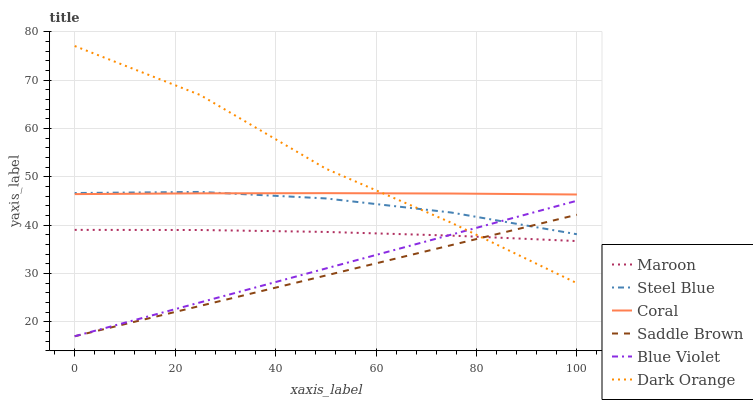
| xaxis_label | Maroon | Steel Blue | Coral | Saddle Brown | Blue Violet | Dark Orange |
 | --- | --- | --- | --- | --- | --- | --- |
 | 0 | 39 | 46.7 | 46.4 | 17 | 17 | 77.1 |
 | 25 | 39 | 46.9 | 46.6 | 23.3 | 24 | 66.9 |
 | 50 | 38.6 | 45.5 | 46.6 | 29.6 | 31 | 51.7 |
 | 75 | 37.8 | 42.6 | 46.5 | 35.9 | 38 | 40.5 |
 | 100 | 36.7 | 38.1 | 46.3 | 42.2 | 45.1 | 28 |